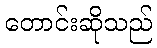
တောင်းဆိုသည်